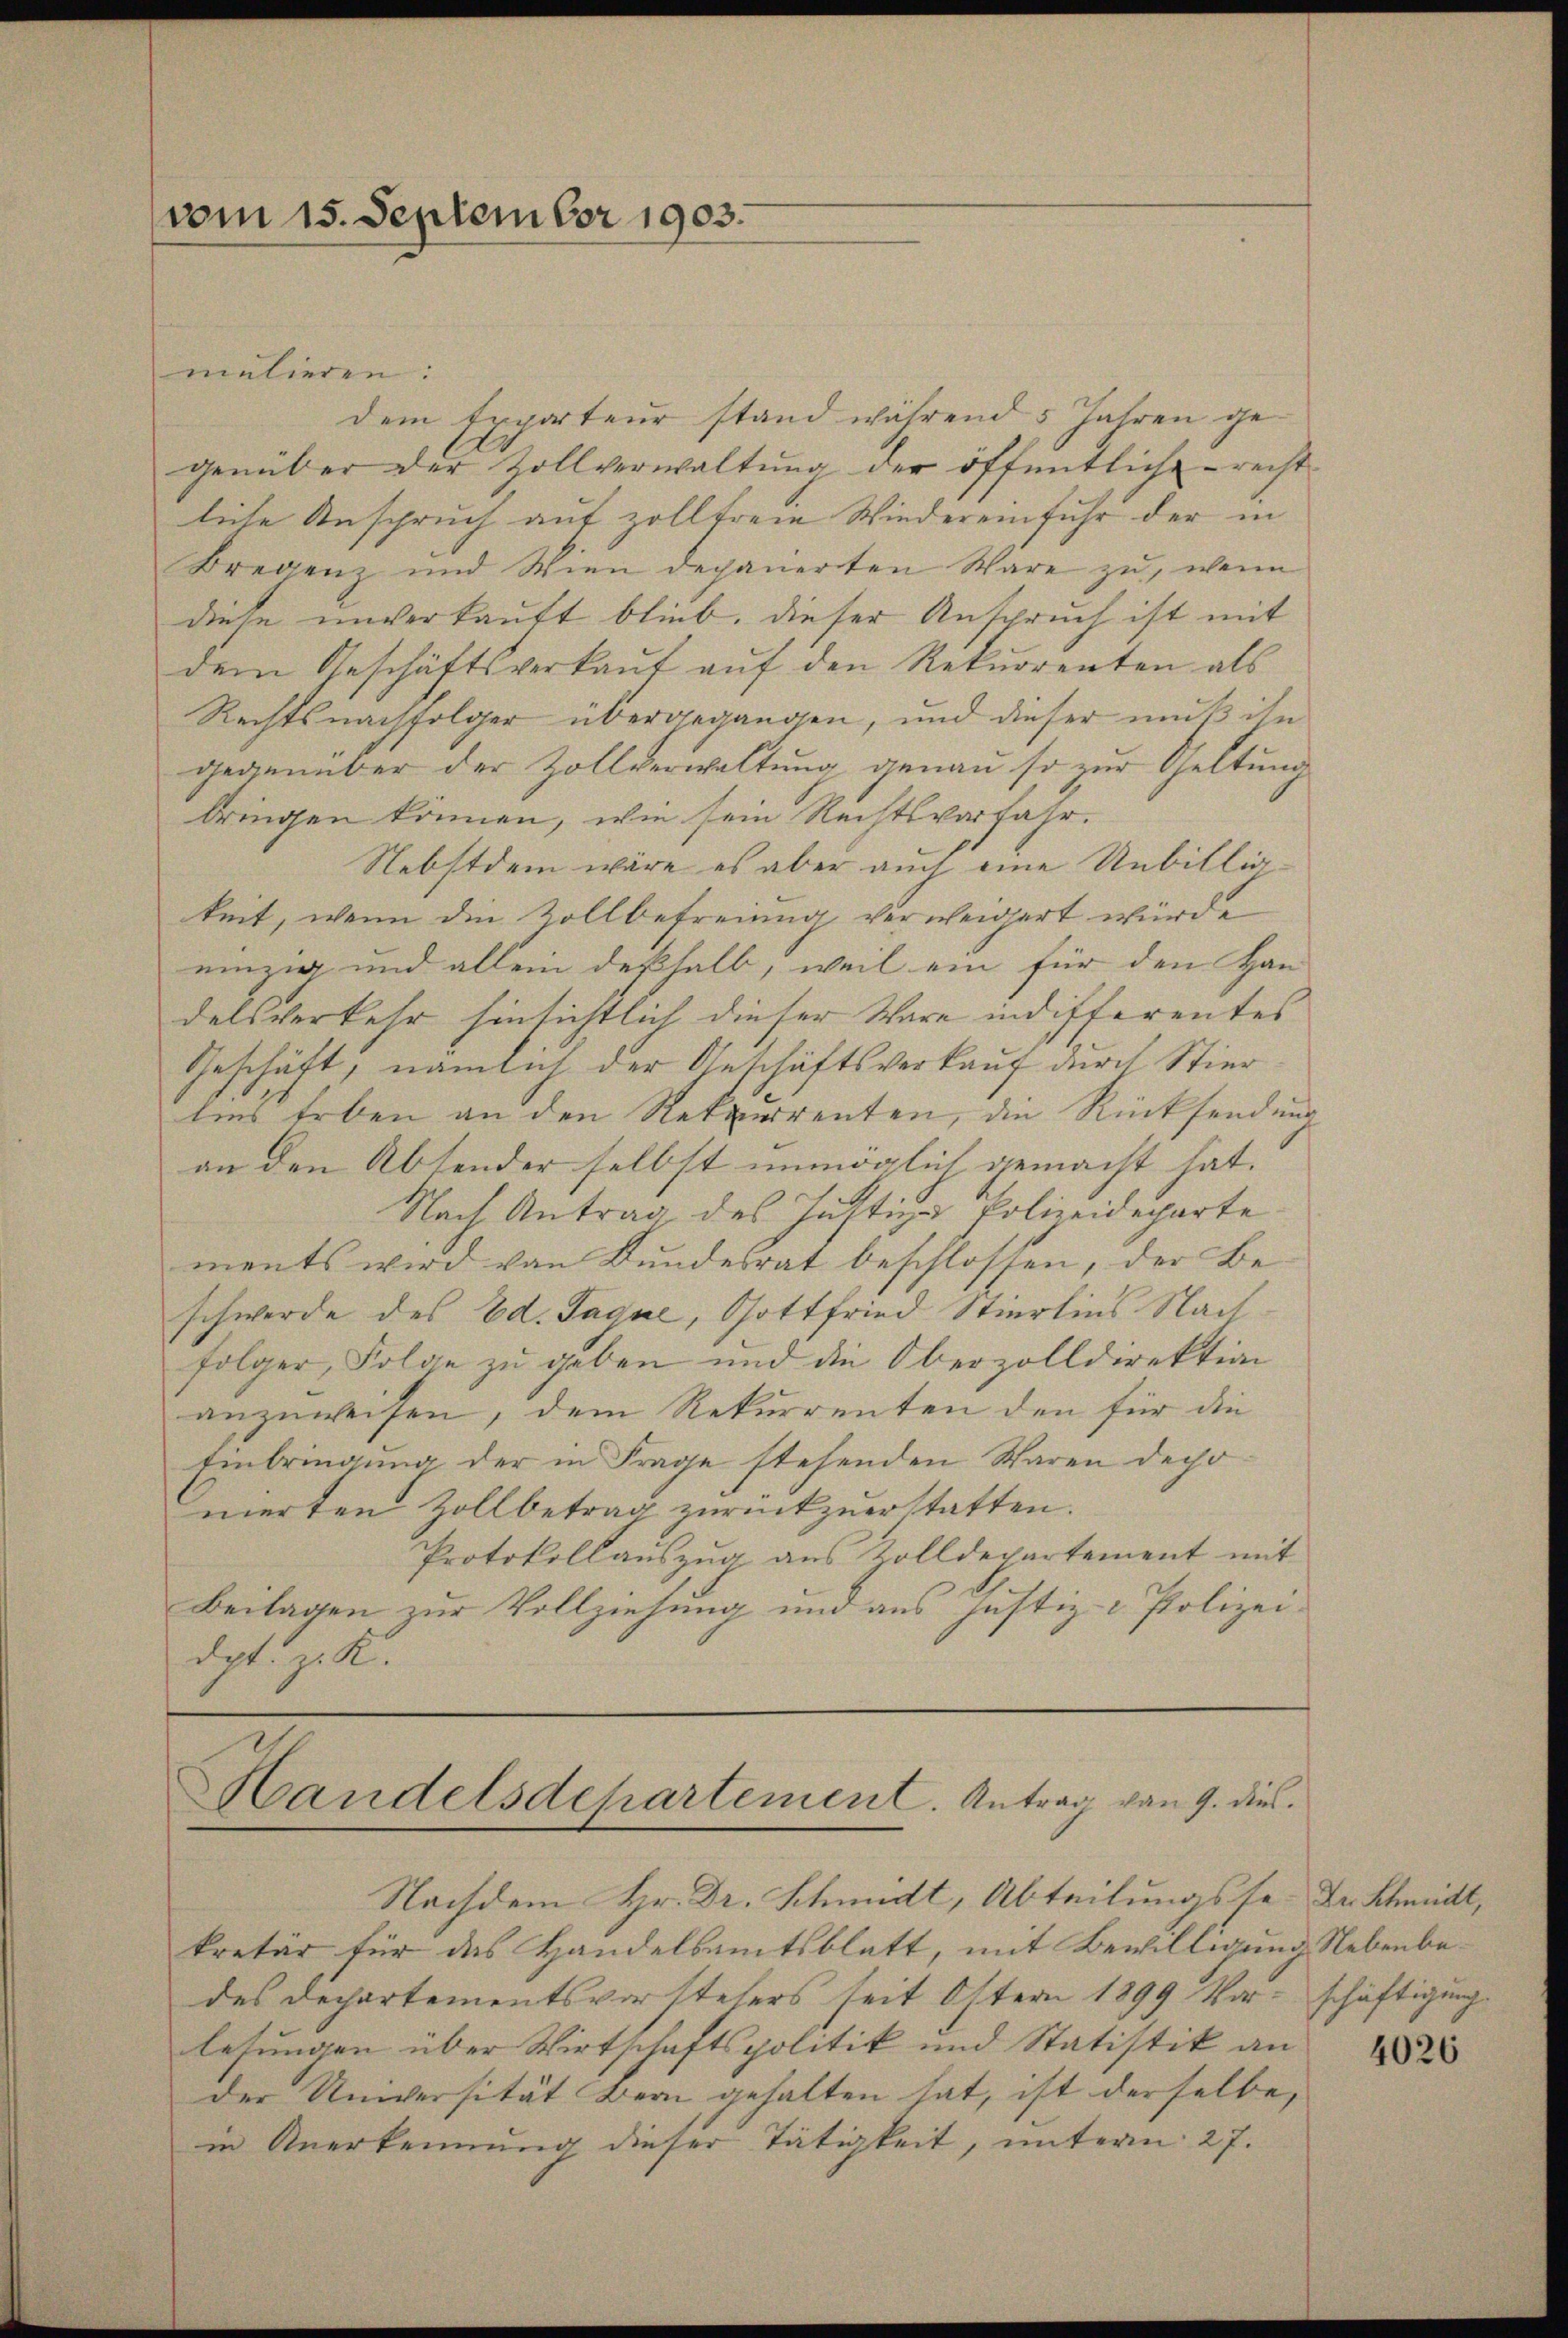
(vom 15. September 1903.

malieren:
dem Exporteur stand während 5 Jahren gegenüber der Zollverwaltŭng der öffentliche recht-
leite Anspruch auf zollfreie Wiedereinfuhr der in
Bregenz und Wien depanierten Ware zu, wenn
diese unverkauft blieb, dieser Anspruch ist mit
dem Geschäftsverkaŭf aŭf den Rekurrenten als
Rechtsnachfolger übergegangen, und dieser muß ihn
gegenüber der Zollverwaltung genau so zur Geltung
bringen können, wie sein Rechtsverfahr.
Nebstdem wäre es aber auch eine Unbilligkeit, wenn die Zollbefreiung verweigert würde
einzig und allein deßhalb, weil ein für den Han-
delsverkehr hinsichtlich dieser Ware indifferentes
Geschäft, nämlich der Geschäftsverkauf durch Stier
lins Erben an den Rekurrenten, die Rücksendung
an den Absender selbst unmöglich gemacht hat.
Nach Antrag des Justiz-Polizeideparte
ments wird von Bundesrat beschlossen, der Be-
schwerde des Ed. Jaque, Gottfried Stierlins Nachfolger, Folge zu geben und die Oberzolldirektion
anzuweisen, dem Rekurrenten den für die
Einbringung der in Frage stehenden Waren deponerten Zollbetrag zurückzuerstatten.
Protokollauszug aus Zolldepartement mit
Beilagen zur Vollziehung und aus Justiz- & Polizei-
dpt. z. K.

Handelsdepartement. Antrag von 9. dies

Nachdem Hr. Dr. Schmidt, Abteilungsse
kretär für das Handelsamtsblatt, mit Bewilligung Nebenbedes Departementsvorstehers seit Ostern 1899 Vorschäftigung
lesungen über Wirtschaftspolitik und Statistik an
der Universität Bern gehalten hat, ist derselbe,
in Anerkennung dieser Tätigkeit, unterm 27.

Dr. Schmidt,

4026